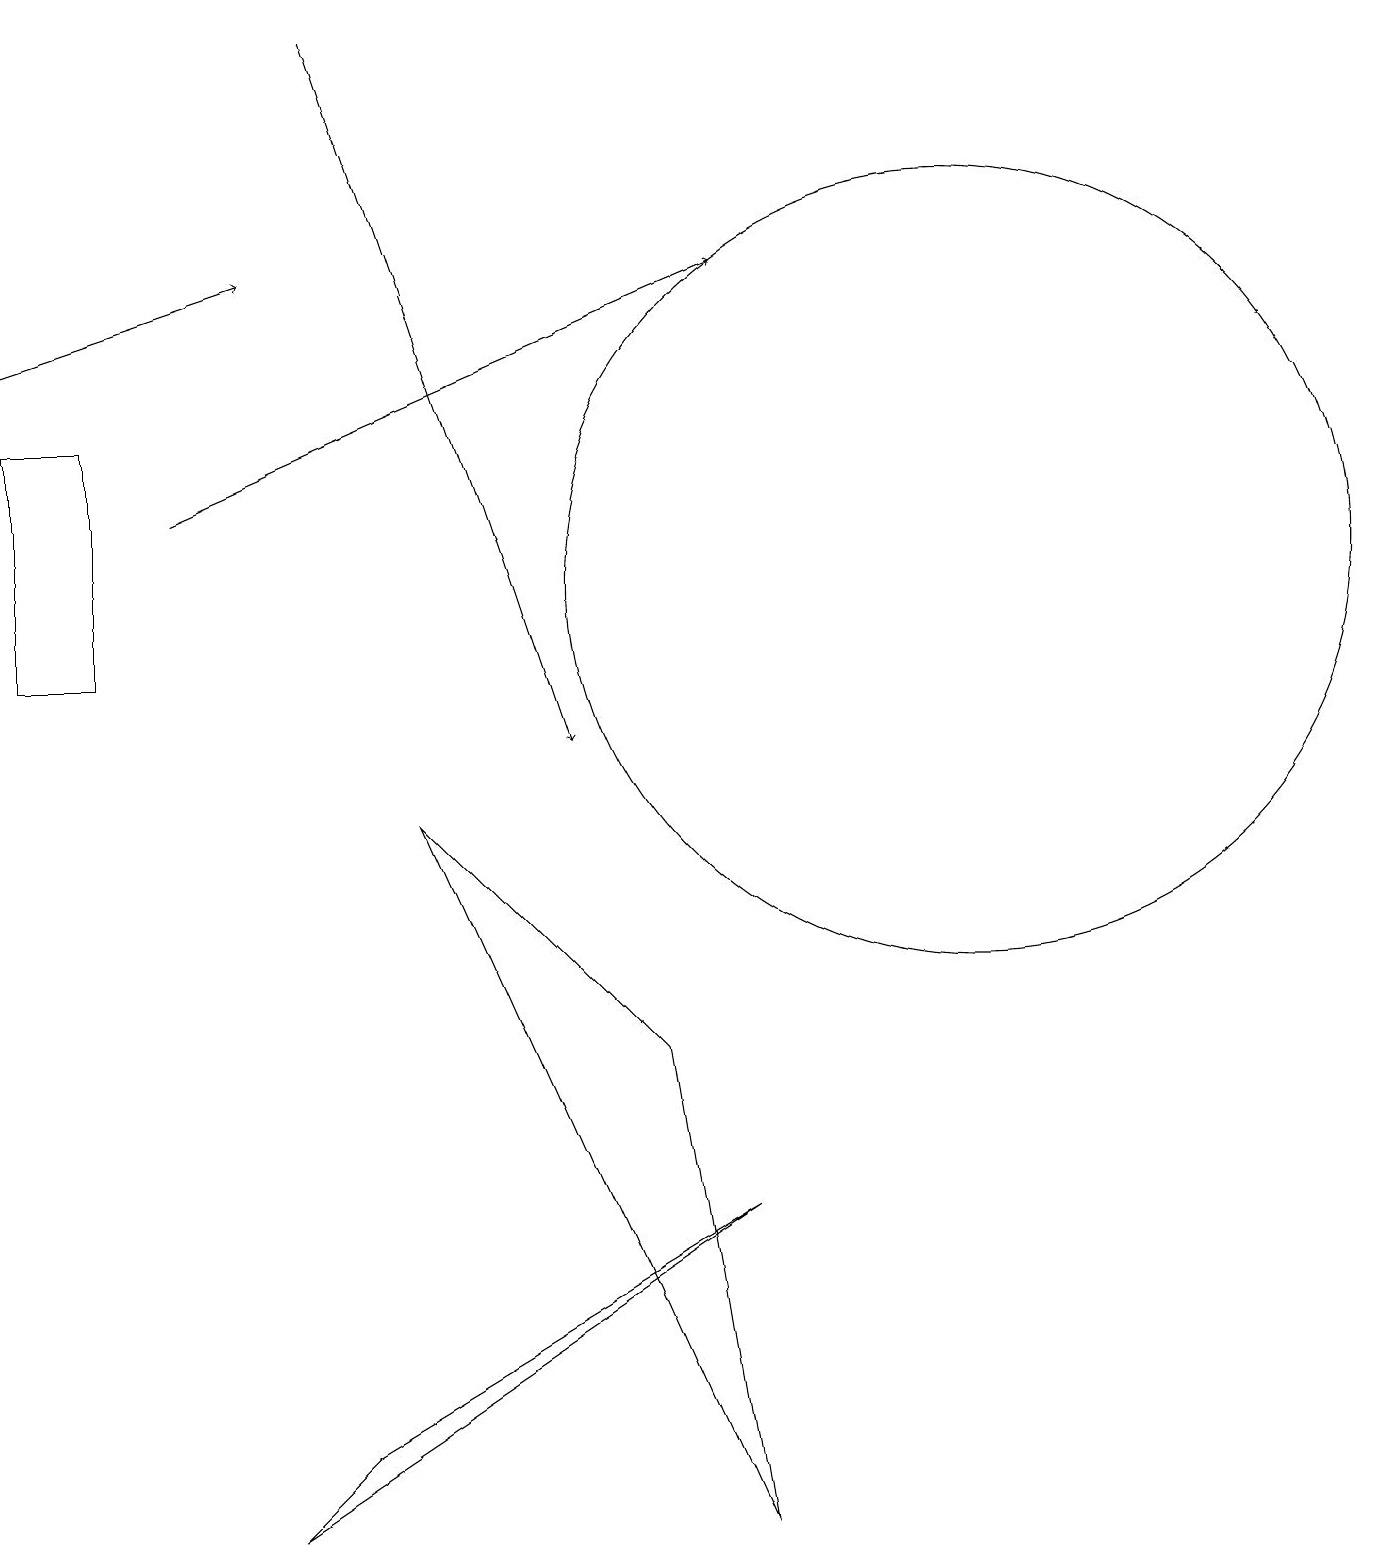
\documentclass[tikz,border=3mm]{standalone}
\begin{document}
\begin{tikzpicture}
\draw (12,12) circle (5);
\draw (5,9) -- (9,0) -- (8,6) -- cycle;
\draw (9,4) -- (3,0) -- (4,1) -- cycle;
\draw[->] (4,19) -- (7,10);
\draw[->] (2,13) -- (9,16);
\draw (0,11) rectangle (1,14);
\draw[->] (0,15) -- (3,16);
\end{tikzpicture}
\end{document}